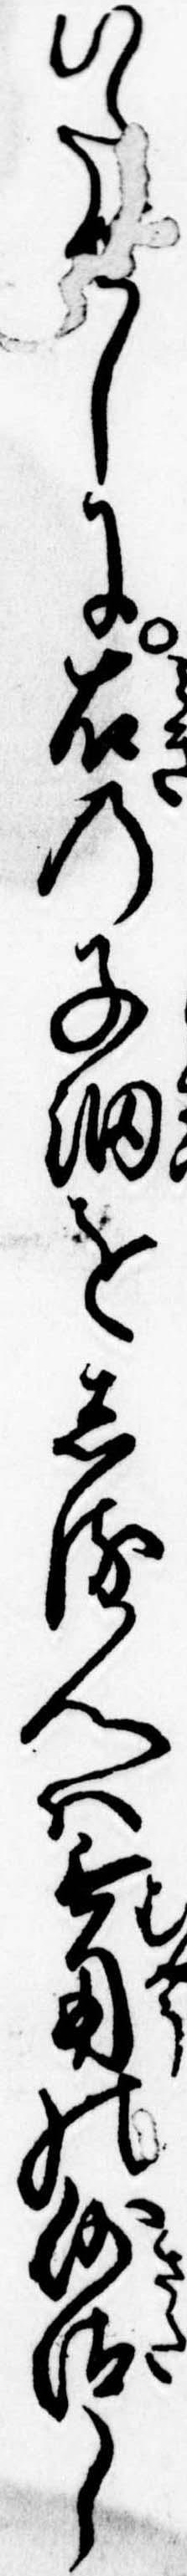
いたしに右の子細をしる人は無用の沙汰し